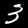
Digit: 3